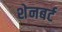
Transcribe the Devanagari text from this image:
शेनबर्ट